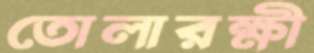
তোলারক্ষী